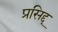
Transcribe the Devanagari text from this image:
प्रसिद्द्